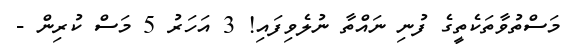
މަސްތުވާތަކެތީގެ ފުނި ނައްތާ ނުލެވިފައި! 3 އަހަރު 5 މަސް ކުރިން -